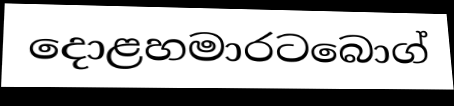
දොළහමාරටබොග්